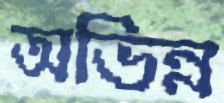
অভিন্ন